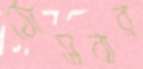
ঠোসবার